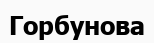
Горбунова